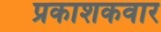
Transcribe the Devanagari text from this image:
प्रकाशकवार